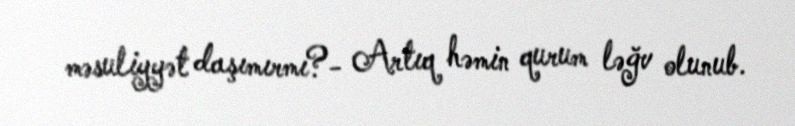
məsuliyyət daşımırmı?- Artıq həmin qurum ləğv olunub.